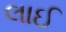
લાઈ